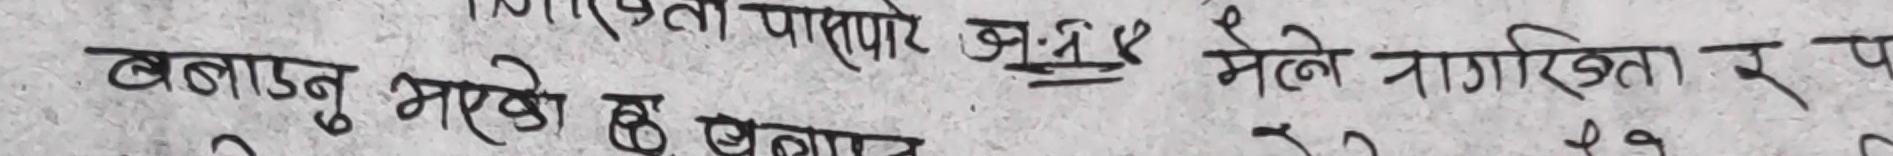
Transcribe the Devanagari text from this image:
बनाउनु भएको छ बनाएर